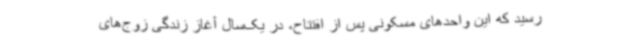
رسید که این واحدهای مسکونی پس از افتتاح، در یک‌سال آغاز زندگی زوج‌های